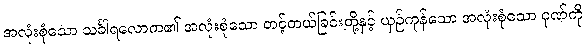
အလုံးစုံသော သင်္ခါရလောက၏ အလုံးစုံသော တင့်တယ်ခြင်းတို့နှင့် ယှဉ်ကုန်သော အလုံးစုံသော ဂုဏ်ကို